Senior Leaving Certificate Examination (including Day School Certificate (Higher) General paper), 1948
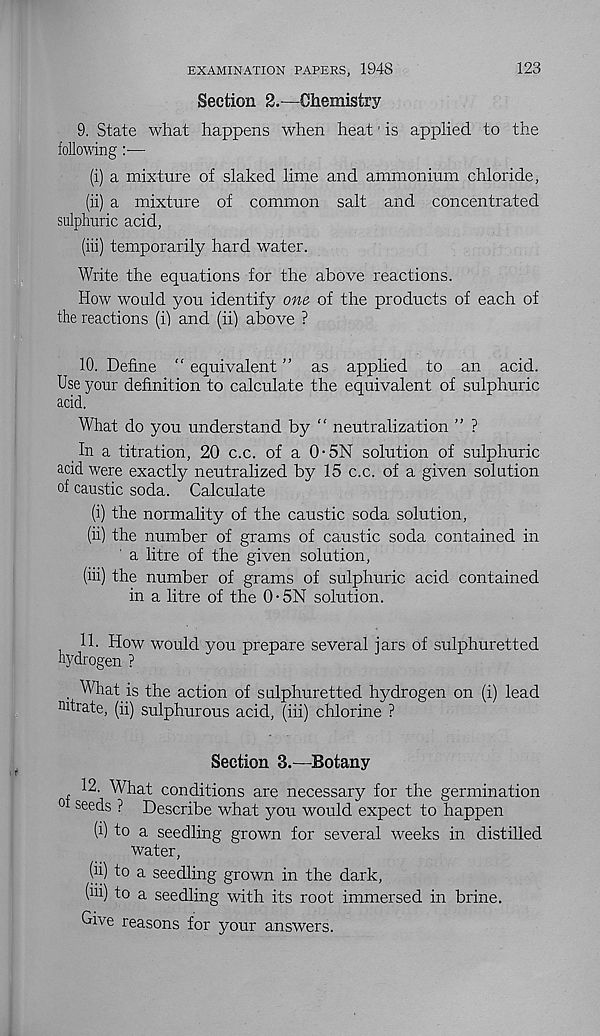
123
EXAMINATION PAPERS, 1948
Section 2.—Chemistry
9. State what happens when heat' is applied to the
following—
(i) a mixture of slaked lime and ammonium chloride,
(ii) a mixture of common salt and concentrated
sulphuric acid,
(iii) temporarily hard water.
Write the equations for the above reactions.
How would you identify one of the products of each of
the reactions (i) and (ii) above ?
10. Define “ equivalent ” as applied to an acid.
Use your definition to calculate the equivalent of sulphuric
acid.
What do you understand by “ neutralization ” ?
In a titration, 20 c.c. of a 0-5N solution of sulphuric
acid were exactly neutralized by 15 c.c. of a given solution
of caustic soda. Calculate
(i) the normality of the caustic soda solution,
(ii) the number of grams of caustic soda contained in
a litre of the given solution,
(iii) the number of grams of sulphuric acid contained
in a litre of the 0-5N solution.
1 d^' ^°W Wou^ y°u P re P are several jars of sulphuretted
What is the action of sulphuretted hydrogen on (i) lead
nitrate, (ii) sulphurous acid, (iii) chlorine ?
Section 3.—Botany
12. What conditions are necessary for the germination
0 seeds ? Describe what you would expect to happen
(i) to a seedling grown for several weeks in distilled
water,
(ii) to a seedling grown in the dark,
(iii) to a seedling with its root immersed in brine.
Give reasons for your answers.